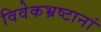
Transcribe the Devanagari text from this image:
विवेकभ्रष्टानां